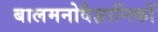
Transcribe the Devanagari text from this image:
बालमनोवैज्ञानिकों